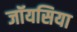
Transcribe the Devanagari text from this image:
जॉयसिया